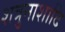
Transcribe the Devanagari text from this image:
शत्रुनाशादि